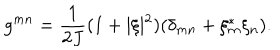
g ^ { m n } = \frac { 1 } { 2 J } ( 1 + \vert \xi \vert ^ { 2 } ) ( \delta _ { m n } + \xi _ { m } ^ { * } \xi _ { n } ) .